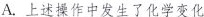
A.上述操作中发生了化学变化